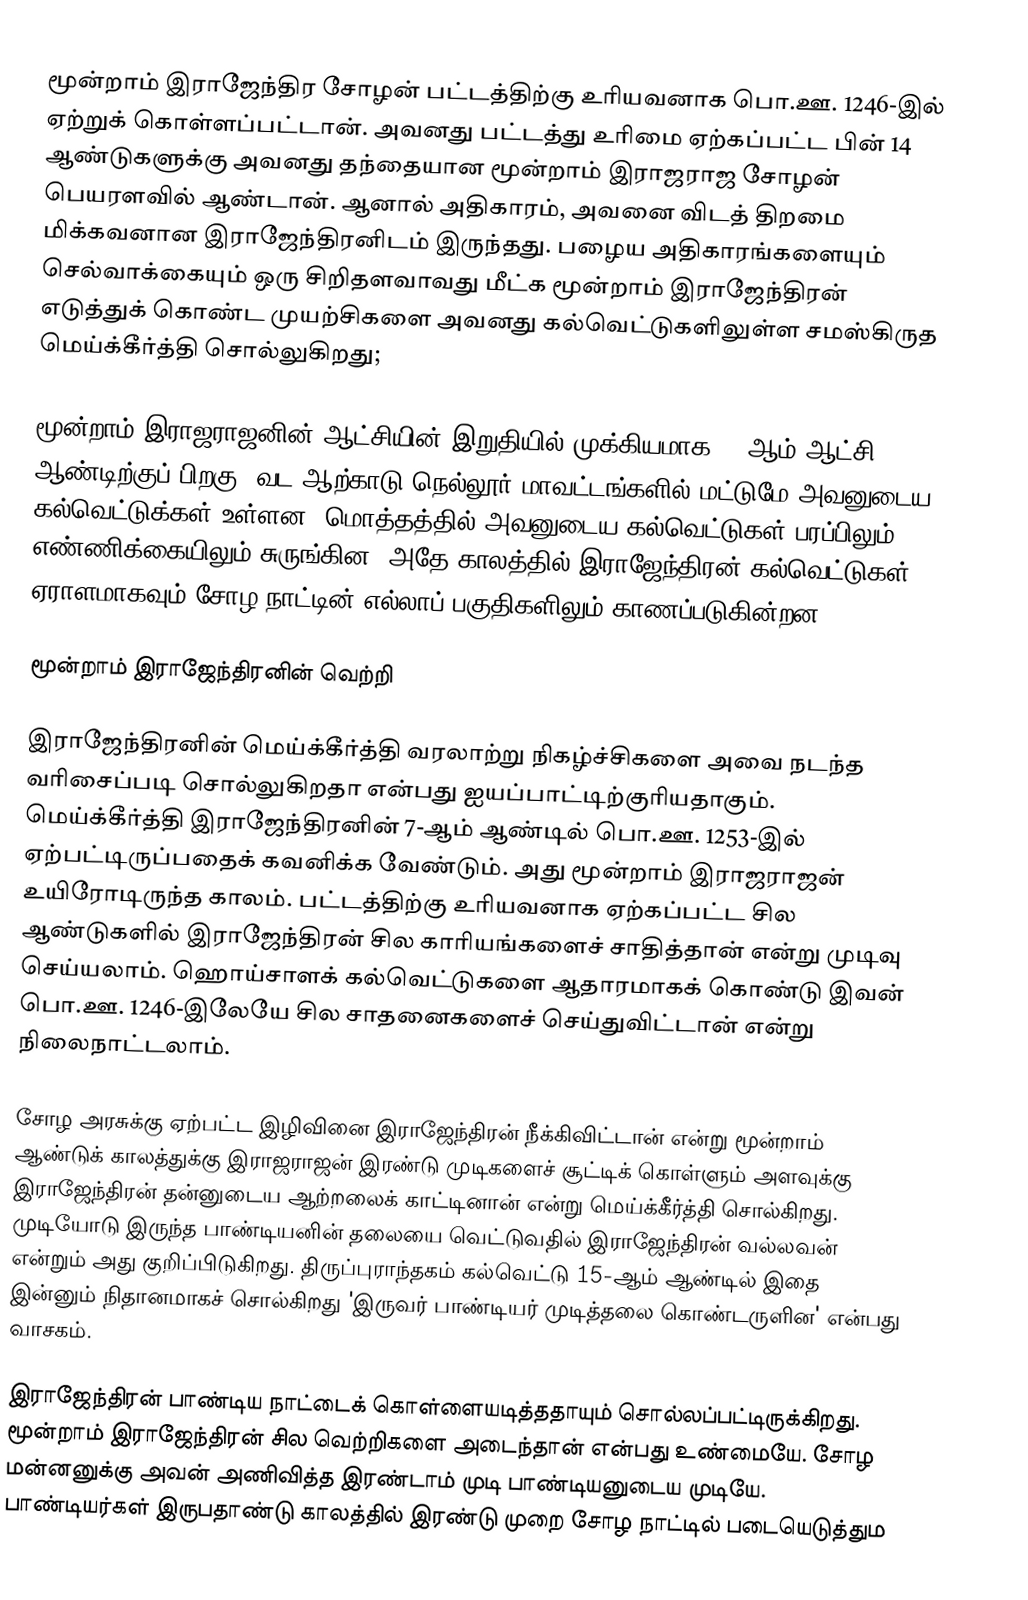
மூன்றாம் இராஜேந்திர சோழன் பட்டத்திற்கு உரியவனாக பொ.ஊ. 1246-இல் ஏற்றுக் கொள்ளப்பட்டான். அவனது பட்டத்து உரிமை ஏற்கப்பட்ட பின் 14 ஆண்டுகளுக்கு அவனது தந்தையான மூன்றாம் இராஜராஜ சோழன் பெயரளவில் ஆண்டான். ஆனால் அதிகாரம், அவனை விடத் திறமை மிக்கவனான இராஜேந்திரனிடம் இருந்தது.  பழைய அதிகாரங்களையும் செல்வாக்கையும் ஒரு சிறிதளவாவது மீட்க மூன்றாம் இராஜேந்திரன் எடுத்துக் கொண்ட முயற்சிகளை அவனது கல்வெட்டுகளிலுள்ள சமஸ்கிருத மெய்க்கீர்த்தி சொல்லுகிறது;

மூன்றாம் இராஜராஜனின் ஆட்சியின் இறுதியில் முக்கியமாக 34-ஆம் ஆட்சி ஆண்டிற்குப் பிறகு, வட ஆற்காடு நெல்லூர் மாவட்டங்களில் மட்டுமே அவனுடைய கல்வெட்டுக்கள் உள்ளன. மொத்தத்தில் அவனுடைய கல்வெட்டுகள் பரப்பிலும் எண்ணிக்கையிலும் சுருங்கின. அதே காலத்தில் இராஜேந்திரன் கல்வெட்டுகள் ஏராளமாகவும் சோழ நாட்டின் எல்லாப் பகுதிகளிலும் காணப்படுகின்றன.

மூன்றாம் இராஜேந்திரனின் வெற்றி

இராஜேந்திரனின் மெய்க்கீர்த்தி வரலாற்று நிகழ்ச்சிகளை அவை நடந்த வரிசைப்படி சொல்லுகிறதா என்பது ஐயப்பாட்டிற்குரியதாகும். மெய்க்கீர்த்தி இராஜேந்திரனின் 7-ஆம் ஆண்டில் பொ.ஊ. 1253-இல் ஏற்பட்டிருப்பதைக் கவனிக்க வேண்டும். அது மூன்றாம் இராஜராஜன் உயிரோடிருந்த காலம். பட்டத்திற்கு உரியவனாக ஏற்கப்பட்ட சில ஆண்டுகளில் இராஜேந்திரன் சில காரியங்களைச் சாதித்தான் என்று முடிவு செய்யலாம். ஹொய்சாளக் கல்வெட்டுகளை ஆதாரமாகக் கொண்டு இவன் பொ.ஊ. 1246-இலேயே சில சாதனைகளைச் செய்துவிட்டான் என்று நிலைநாட்டலாம்.

சோழ அரசுக்கு ஏற்பட்ட இழிவினை இராஜேந்திரன் நீக்கிவிட்டான் என்று மூன்றாம் ஆண்டுக் காலத்துக்கு இராஜராஜன் இரண்டு முடிகளைச் சூட்டிக் கொள்ளும் அளவுக்கு இராஜேந்திரன் தன்னுடைய ஆற்றலைக் காட்டினான் என்று மெய்க்கீர்த்தி சொல்கிறது. முடியோடு இருந்த பாண்டியனின் தலையை வெட்டுவதில் இராஜேந்திரன் வல்லவன் என்றும் அது குறிப்பிடுகிறது. திருப்புராந்தகம் கல்வெட்டு 15-ஆம் ஆண்டில் இதை இன்னும் நிதானமாகச் சொல்கிறது 'இருவர் பாண்டியர் முடித்தலை கொண்டருளின' என்பது வாசகம்.

இராஜேந்திரன் பாண்டிய நாட்டைக் கொள்ளையடித்ததாயும் சொல்லப்பட்டிருக்கிறது. மூன்றாம் இராஜேந்திரன் சில வெற்றிகளை அடைந்தான் என்பது உண்மையே. சோழ மன்னனுக்கு அவன் அணிவித்த இரண்டாம் முடி பாண்டியனுடைய முடியே. பாண்டியர்கள் இருபதாண்டு காலத்தில் இரண்டு முறை சோழ நாட்டில் படையெடுத்தும